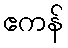
ဧကန်